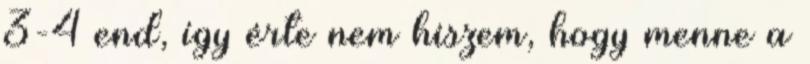
3-4 end, így érte nem hiszem, hogy menne a